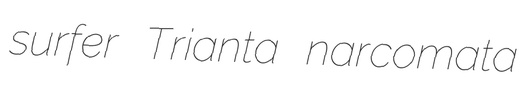
surfer Trianta narcomata